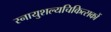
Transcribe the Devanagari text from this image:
स्नायुशल्यचिकित्सकों